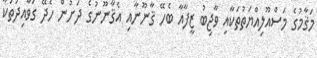
މަޤާމުގެ މަސްއޫލިއްޔަތުތަކާއި ވާޖިބު ޒީފާއާ ބެހޭ ޤާނޫނާއި އެޤާނޫނުގެ ދަށުން ހެދޭ ގަވާއިދުތަކާ